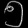
Digit: ၅